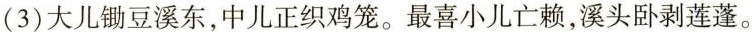
(3)大儿锄豆溪东，中儿正织鸡笼。最喜小儿亡赖，溪头卧剥莲蓬。